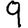
Digit: 9